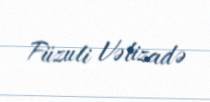
Füzuli Vəlizadə